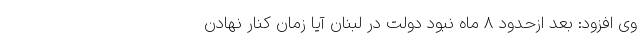
وی افزود: بعد ازحدود ۸ ماه نبود دولت در لبنان آیا زمان کنار نهادن